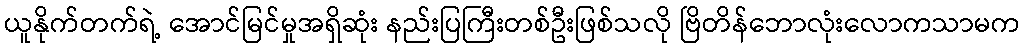
ယူနိုက်တက်ရဲ့ အောင်မြင်မှုအရှိဆုံး နည်းပြကြီးတစ်ဦးဖြစ်သလို ဗြိတိန်ဘောလုံးလောကသာမက